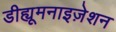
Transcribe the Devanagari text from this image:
डीह्यूमनाइज़ेशन